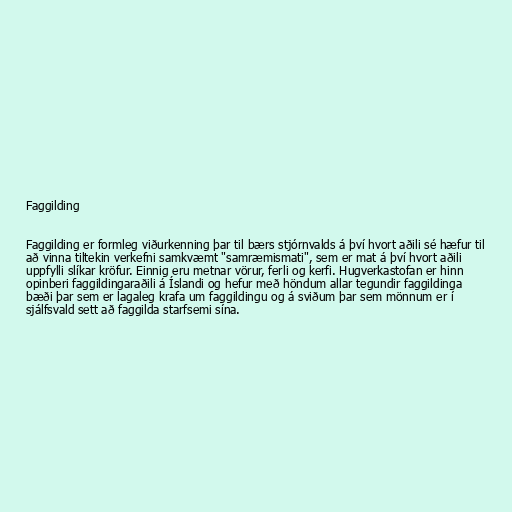
Faggilding

Faggilding er formleg viðurkenning þar til bærs stjórnvalds á því hvort aðili sé hæfur til
að vinna tiltekin verkefni samkvæmt "samræmismati", sem er mat á því hvort aðili
uppfylli slíkar kröfur. Einnig eru metnar vörur, ferli og kerfi. Hugverkastofan er hinn
opinberi faggildingaraðili á Íslandi og hefur með höndum allar tegundir faggildinga
bæði þar sem er lagaleg krafa um faggildingu og á sviðum þar sem mönnum er í
sjálfsvald sett að faggilda starfsemi sína.